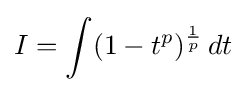
I=\int ({1-t^{p}})^{\frac {1}{p}}\,dt